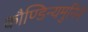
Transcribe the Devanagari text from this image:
कौण्डिन्यमुनिने